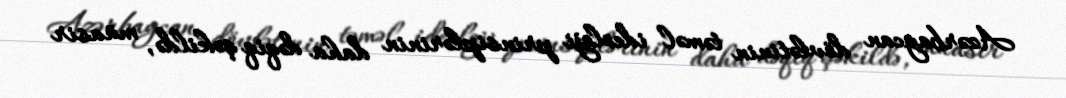
Azərbaycan dövlətinin təməl ideoloji prinsiplərinin daha dəqiq şəkildə, müasir